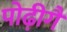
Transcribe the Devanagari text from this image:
पोढ़ीगै